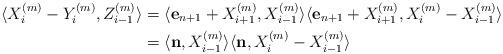
LaTeX: \begin{align*}\langle X_i^{(m)}-Y_i^{(m)},Z_{i-1}^{(m)}\rangle &=\langle {\bf e}_{n+1}+X_{i+1}^{(m)},X_{i-1}^{(m)}\rangle \langle {\bf e}_{n+1}+X_{i+1}^{(m)},X_i^{(m)}-X_{i-1}^{(m)}\rangle \\ &=\langle {\bf n},X_{i-1}^{(m)}\rangle \langle {\bf n},X_i^{(m)}-X_{i-1}^{(m)}\rangle\end{align*}